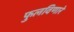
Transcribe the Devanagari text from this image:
फुलविणारे